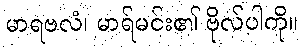
မာရဗလံ၊ မာရ်မင်း၏ ဗိုလ်ပါကို။